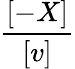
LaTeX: \frac{[-X]}{[v]}